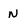
Character: n